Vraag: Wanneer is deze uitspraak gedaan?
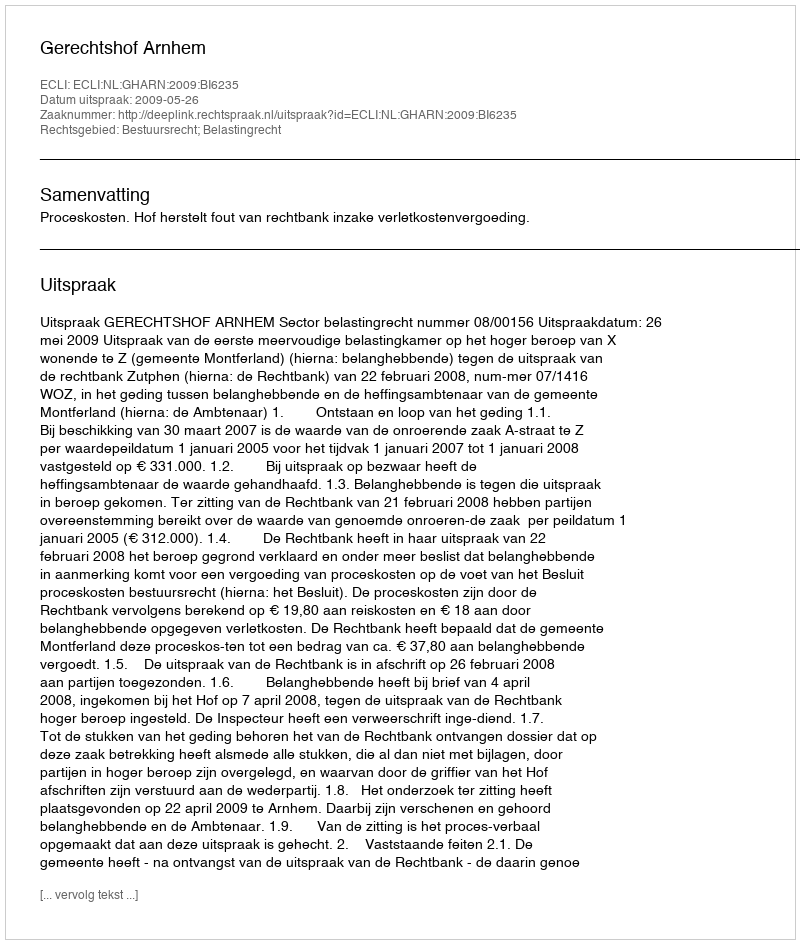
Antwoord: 2009-05-26